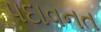
પદાવનત